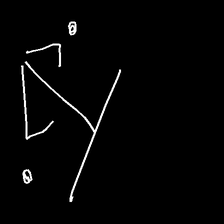
Glyph: earth